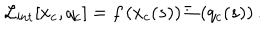
LaTeX: { \cal L } _ { \mathrm { i n t } } [ x _ { c } , q _ { c } ] = f \left( x _ { c } ( s ) \right) \Xi \left( q _ { c } ( s ) \right) .